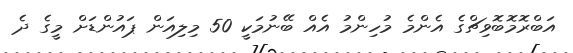
އަބްރޮމޮބޮވިޗްގެ އެންމެ މުހިންމު އެއް ބޭނުމަކީ 50 މިލިއަން ޕައުންޑަށް މީގެ ދެ